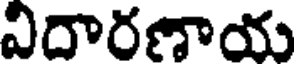
విదారణాయ